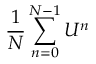
{ \frac { 1 } { N } } \sum _ { n = 0 } ^ { N - 1 } U ^ { n }